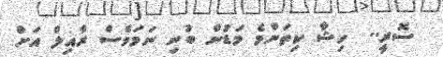
ސޮރީ..  ހިޝާ ކިތަންމެ މަޑުން ބުނި ނަަމަވެސް ރާއިލް އަށް